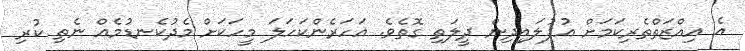
އެ އިއްޒަތްތެރިކަމަށް އުފުލައިދިން ދީލަތި ގޮތެވެ. އަހަރެންކަހަލަ މީހަކަށް މެދުކެނޑުމެއް ނެތި ކުރި